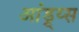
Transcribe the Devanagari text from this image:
आंड्र्य्स